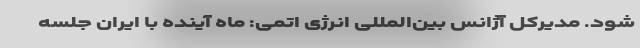
شود. مدیرکل آژانس بین‌المللی انرژی اتمی: ماه آینده با ایران جلسه